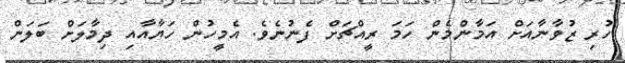
ހުރި ޒުވާނާއަށް އަމާންމެން ހަމަ ރީއްޗަށް ފެނުނެވެ. އެމީހުން ހަޔާއާއި ދިމާލަށް ބަލަން